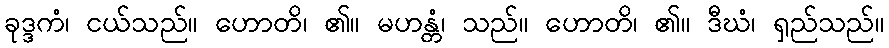
ခုဒ္ဒကံ၊ ငယ်သည်။ ဟောတိ၊ ၏။ မဟန္တံ၊ သည်။ ဟောတိ၊ ၏။ ဒီဃံ၊ ရှည်သည်။